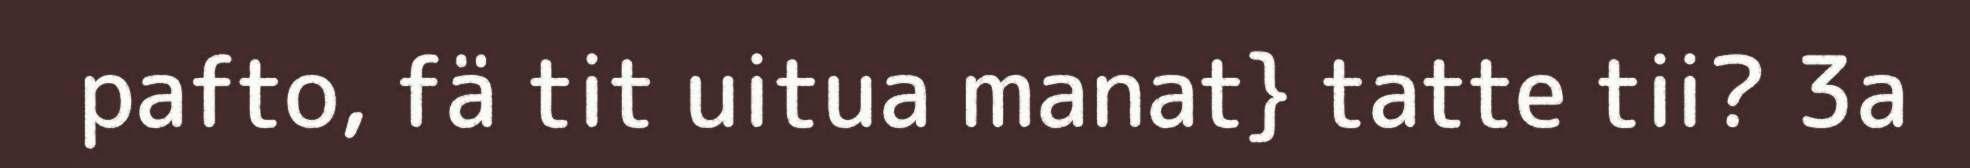
pafto, fä tit uitua manat} tatte tii? 3a